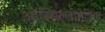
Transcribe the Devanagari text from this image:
ओस्सिल्लोमेत्रिक